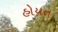
હોયત